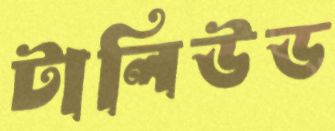
টালিউড